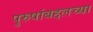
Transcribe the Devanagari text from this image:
पुरुषांबद्दलच्या